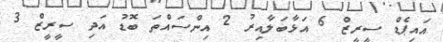
އައިޕެޑް ސީރީޒް 6 އަޅާބަލާއިރު 2 އިންސައްތަ ބޮޑު އަދި ސީރީޒް 3